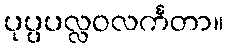
ပုပ္ပပလ္လဝလင်္ကတာ။